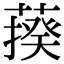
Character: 𦺕